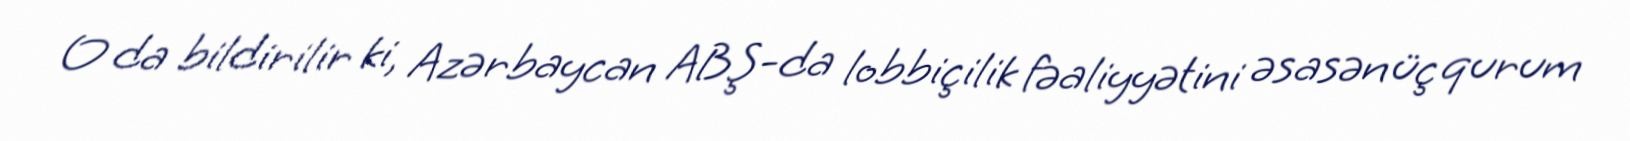
O da bildirilir ki, Azərbaycan ABŞ-da lobbiçilik fəaliyyətini əsasən üç qurum